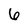
Character: 6